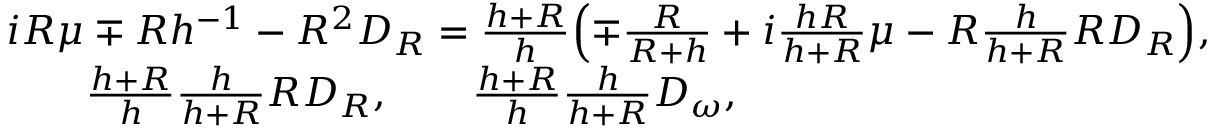
\begin{array} { r l } & { i R \mu \mp R h ^ { - 1 } - R ^ { 2 } D _ { R } = \frac { h + R } { h } \Bigl ( \mp \frac { R } { R + h } + i \frac { h R } { h + R } \mu - R \frac { h } { h + R } R D _ { R } \Bigr ) , } \\ & { \qquad \frac { h + R } { h } \frac { h } { h + R } R D _ { R } , \qquad \frac { h + R } { h } \frac { h } { h + R } D _ { \omega } , } \end{array}